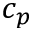
c _ { p }